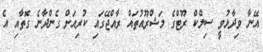
އޭނާ ވިދާޅުވީ ސިލްކް ރޫޓްގެ މަޝްރޫއުތައް ރާއްޖޭގައި ކުރިއަށް ގެންދާނެ ގޮތާއި އެ